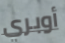
أوبري